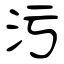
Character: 污